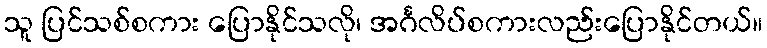
သူ ပြင်သစ်စကား ပြောနိုင်သလို၊ အင်္ဂလိပ်စကားလည်းပြောနိုင်တယ်။